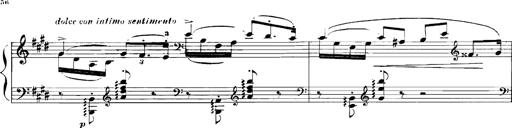
Title: Rhapsodies hongroises
Composer: Franz Liszt